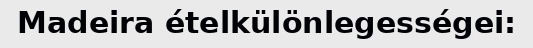
Madeira ételkülönlegességei: